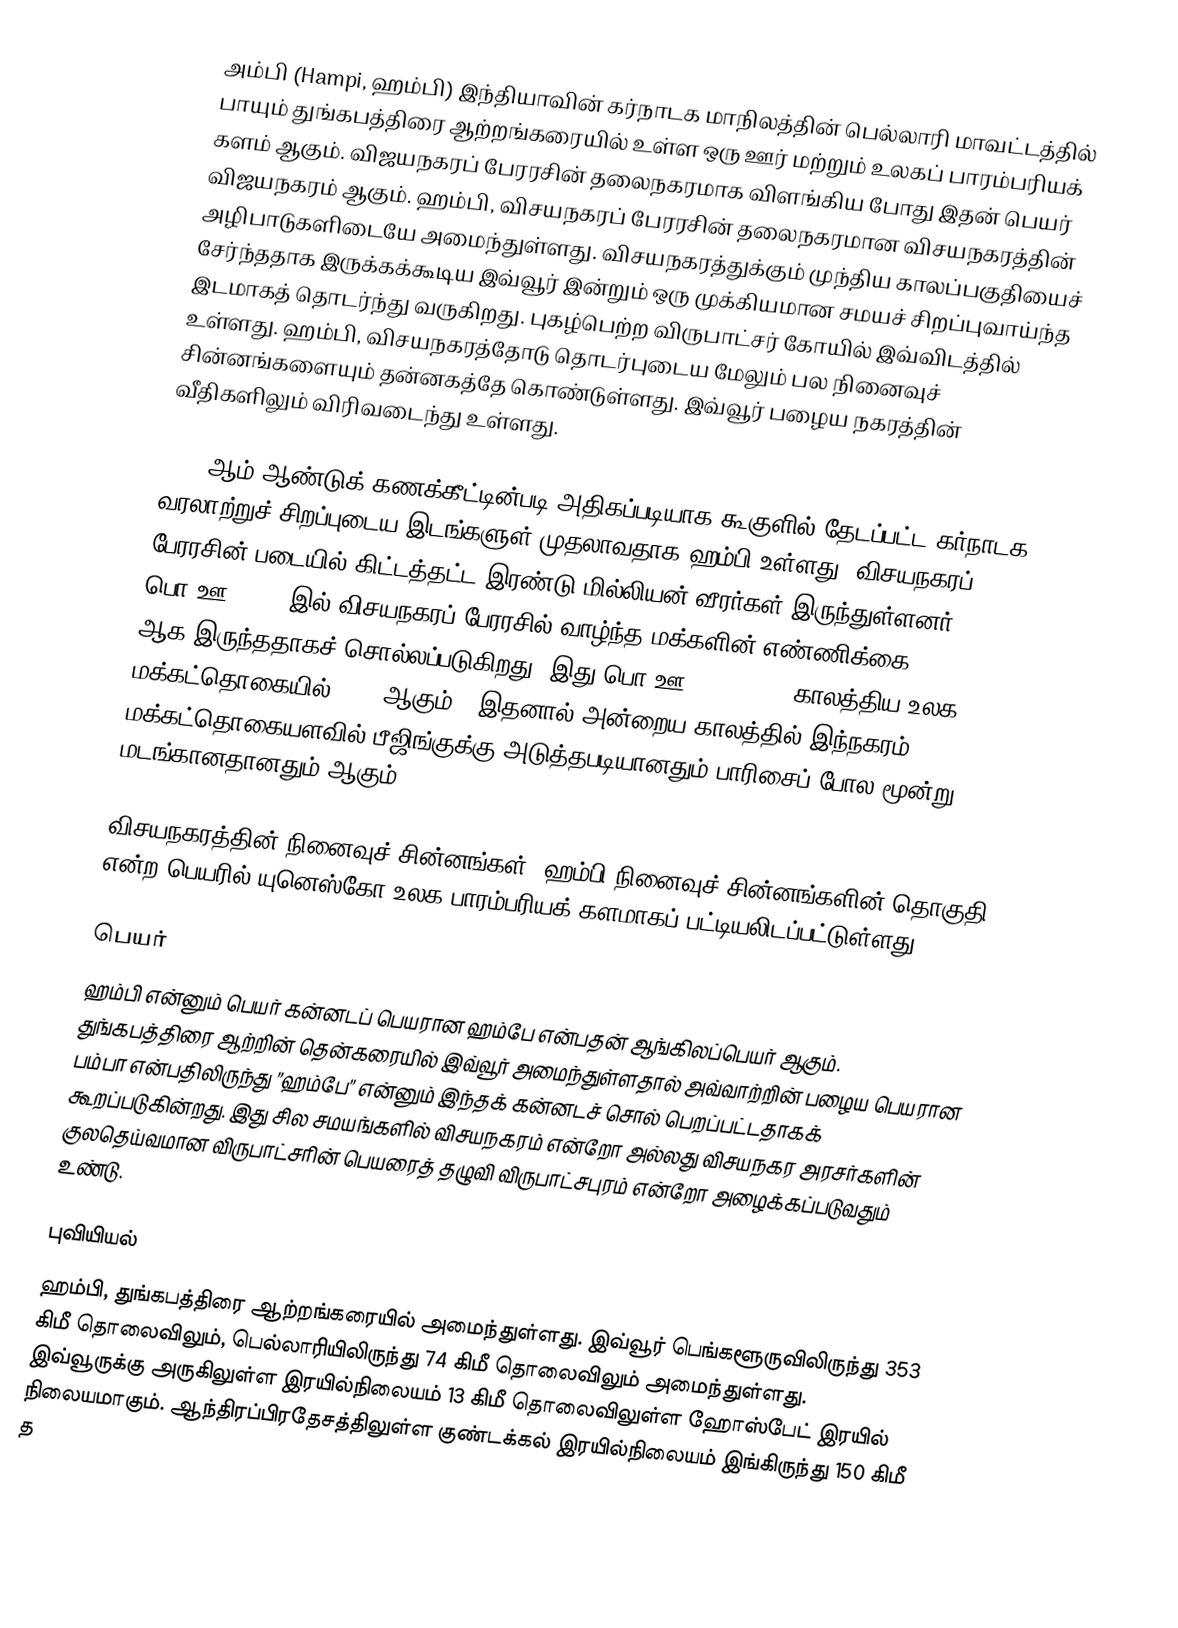
அம்பி (Hampi, ஹம்பி) இந்தியாவின் கர்நாடக மாநிலத்தின் பெல்லாரி மாவட்டத்தில் பாயும் துங்கபத்திரை ஆற்றங்கரையில் உள்ள ஒரு ஊர் மற்றும் உலகப் பாரம்பரியக் களம் ஆகும். விஜயநகரப் பேரரசின் தலைநகரமாக விளங்கிய போது இதன் பெயர் விஜயநகரம் ஆகும்.  ஹம்பி, விசயநகரப் பேரரசின் தலைநகரமான விசயநகரத்தின் அழிபாடுகளிடையே அமைந்துள்ளது. விசயநகரத்துக்கும் முந்திய காலப்பகுதியைச் சேர்ந்ததாக இருக்கக்கூடிய இவ்வூர் இன்றும் ஒரு முக்கியமான சமயச் சிறப்புவாய்ந்த இடமாகத் தொடர்ந்து வருகிறது. புகழ்பெற்ற விருபாட்சர் கோயில் இவ்விடத்தில் உள்ளது. ஹம்பி, விசயநகரத்தோடு தொடர்புடைய மேலும் பல நினைவுச் சின்னங்களையும் தன்னகத்தே கொண்டுள்ளது. இவ்வூர் பழைய நகரத்தின் வீதிகளிலும் விரிவடைந்து உள்ளது.

2014-ஆம் ஆண்டுக் கணக்கீட்டின்படி அதிகப்படியாக கூகுளில் தேடப்பட்ட கர்நாடக வரலாற்றுச் சிறப்புடைய இடங்களுள் முதலாவதாக ஹம்பி  உள்ளது. விசயநகரப் பேரரசின் படையில் கிட்டத்தட்ட இரண்டு மில்லியன் வீரர்கள் இருந்துள்ளனர். பொ.ஊ. 1500-இல் விசயநகரப் பேரரசில் வாழ்ந்த மக்களின் எண்ணிக்கை 5,00,000 ஆக இருந்ததாகச் சொல்லப்படுகிறது (இது பொ.ஊ. 1440-1540 காலத்திய உலக மக்கட்தொகையில் 0.1% ஆகும்). இதனால் அன்றைய காலத்தில் இந்நகரம் மக்கட்தொகையளவில் பீஜிங்குக்கு  அடுத்தபடியானதும் பாரிசைப் போல மூன்று மடங்கானதானதும் ஆகும்.

விசயநகரத்தின் நினைவுச் சின்னங்கள், ஹம்பி  நினைவுச் சின்னங்களின் தொகுதி என்ற பெயரில் யுனெஸ்கோ உலக பாரம்பரியக் களமாகப் பட்டியலிடப்பட்டுள்ளது.

பெயர்
ஹம்பி என்னும் பெயர் கன்னடப் பெயரான ஹம்பே என்பதன் ஆங்கிலப்பெயர் ஆகும். துங்கபத்திரை ஆற்றின் தென்கரையில் இவ்வூர் அமைந்துள்ளதால் அவ்வாற்றின் பழைய பெயரான பம்பா என்பதிலிருந்து ”ஹம்பே” என்னும் இந்தக் கன்னடச் சொல் பெறப்பட்டதாகக் கூறப்படுகின்றது. இது சில சமயங்களில் விசயநகரம் என்றோ அல்லது விசயநகர அரசர்களின் குலதெய்வமான விருபாட்சரின் பெயரைத் தழுவி விருபாட்சபுரம்  என்றோ அழைக்கப்படுவதும் உண்டு.

புவியியல்
ஹம்பி, துங்கபத்திரை ஆற்றங்கரையில் அமைந்துள்ளது. இவ்வூர் பெங்களூருவிலிருந்து 353 கிமீ தொலைவிலும், பெல்லாரியிலிருந்து 74 கிமீ தொலைவிலும் அமைந்துள்ளது. இவ்வூருக்கு அருகிலுள்ள இரயில்நிலையம் 13 கிமீ தொலைவிலுள்ள ஹோஸ்பேட் இரயில் நிலையமாகும். ஆந்திரப்பிரதேசத்திலுள்ள குண்டக்கல் இரயில்நிலையம் இங்கிருந்து 150 கிமீ த